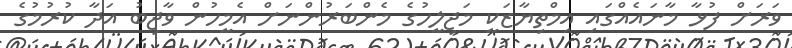
ވަރަށް ފުޅާ މާނައެއްގައި އިމްތިޔާޒަކީ މަޖިލީހުގެ މެންބަރުންނަށް އެމީހުން ވާޖިބު އަދާ ކުރުމުގެ